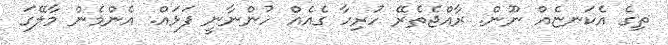
ތިގެ އެކަނޏެއް ނޫން. ރާއްޖެތެރޭ ހުރިހާ ގެއެއް ހުންނާނީ ފަޅައް. އެންމެން މާލޭގަ